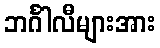
ဘင်္ဂါလီများအား